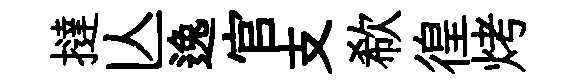
撻亾逸官支欷徨烤